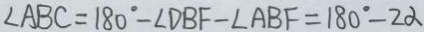
\angle A B C = 1 8 0 ^ { \circ } - \angle D B F - \angle A B F = 1 8 0 ^ { \circ } - 2 \alpha